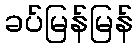
ခပ်မြန်မြန်